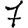
Digit: 7